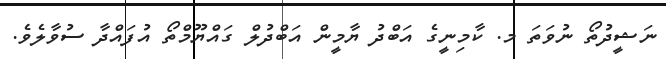
ނަޝީދުތޯ ނުވަތަ މ. ކާމިނީގެ އަބްދު ޔާމީން އަބްދުލް ގައްޔޫމްތޯ އުފައްދާ ސުވާލެވެ.